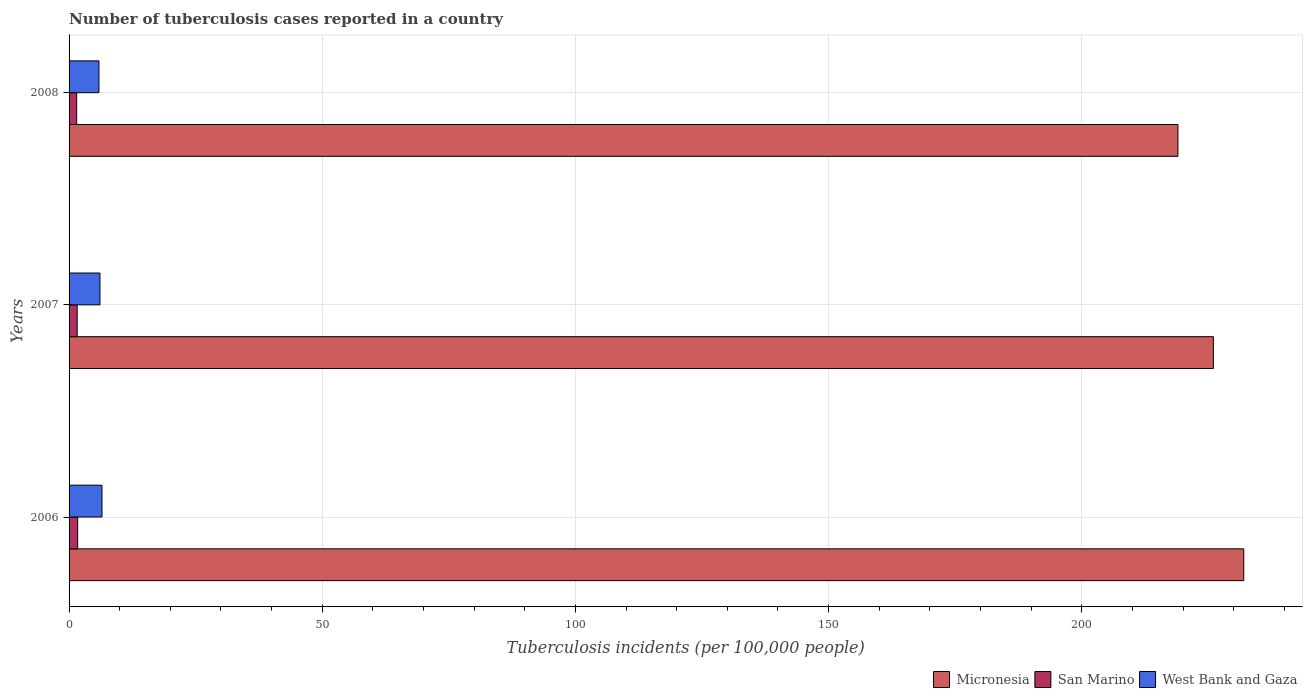
| Years | Micronesia | San Marino | West Bank and Gaza |
 | --- | --- | --- | --- |
 | 2006 | 232 | 1.7 | 6.5 |
 | 2007 | 226 | 1.6 | 6.1 |
 | 2008 | 219 | 1.5 | 5.9 |